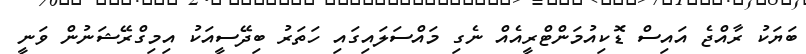
ބަޔަކު ރާއްޖެ އައިސް ޑޮކިއުމަންޓްރީއެއް ނެގި މައްސަލައިގައި ހަތަރު ބިދޭސީއަކު އިމިގްރޭޝަނުން ވަނީ